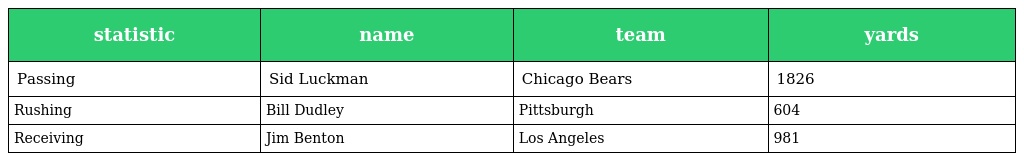
| statistic | name | team | yards |
 | --- | --- | --- | --- |
 | Passing | Sid Luckman | Chicago Bears | 1826 |
 | Rushing | Bill Dudley | Pittsburgh | 604 |
 | Receiving | Jim Benton | Los Angeles | 981 |